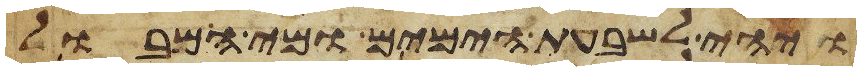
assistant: ויהי לשבעת הימים ומי המבול